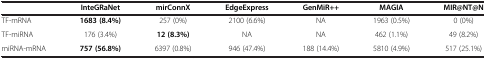
|  | InteGRaNet | mirConnX | EdgeExpress | GenMiR++ | MAGIA | MIR@NT@N |
 | --- | --- | --- | --- | --- | --- | --- |
 | TF-mRNA | 1683 (8.4%) | 257 (0%) | 2100 (6.6%) | NA | 1963 (0.5%) | 0 (0%) |
 | TF-miRNA | 176 (3.4%) | 12 (8.3%) | NA | NA | 462 (1.1%) | 49 (8.2%) |
 | miRNA-mRNA | 757 (56.8%) | 6397 (0.8%) | 946 (47.4%) | 188 (14.4%) | 5810 (4.9%) | 517 (25.1%) |